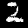
Digit: 2